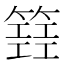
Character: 𥴐